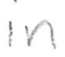
Text: in
Cross-out: clean
Writing tool: pencil